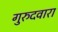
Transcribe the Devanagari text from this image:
गुरुदवारा